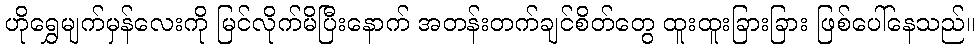
ဟိုရွှေမျက်မှန်လေးကို မြင်လိုက်မိပြီးနောက် အတန်းတက်ချင်စိတ်တွေ ထူးထူးခြားခြား ဖြစ်ပေါ်နေသည်။